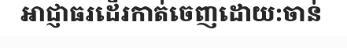
អាជ្ញាធរដើរកាត់ចេញដោយ:ចាន់